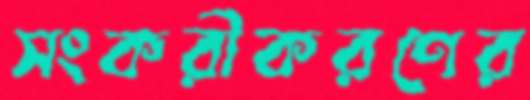
সংকরীকরণের